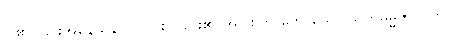
ပါ၏။ ၎င်းအနေသန ၂၁-ပါးပြုခြင်း၏ အပြစ်ကို ဟောသော သတဓမ္မဇာတက၊